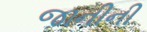
જાનીની